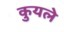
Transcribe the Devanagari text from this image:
कुयले